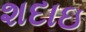
શદાઇ